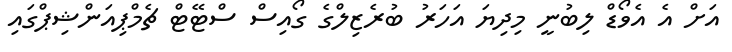
އަށް އެ އެވޯޑް ލިބުނީ މިދިޔަ އަހަރު ބުރެޒިލްގެ ގޯއިސް ސްޓޭޓް ޗެމްޕިއަންޝިޕްގައި